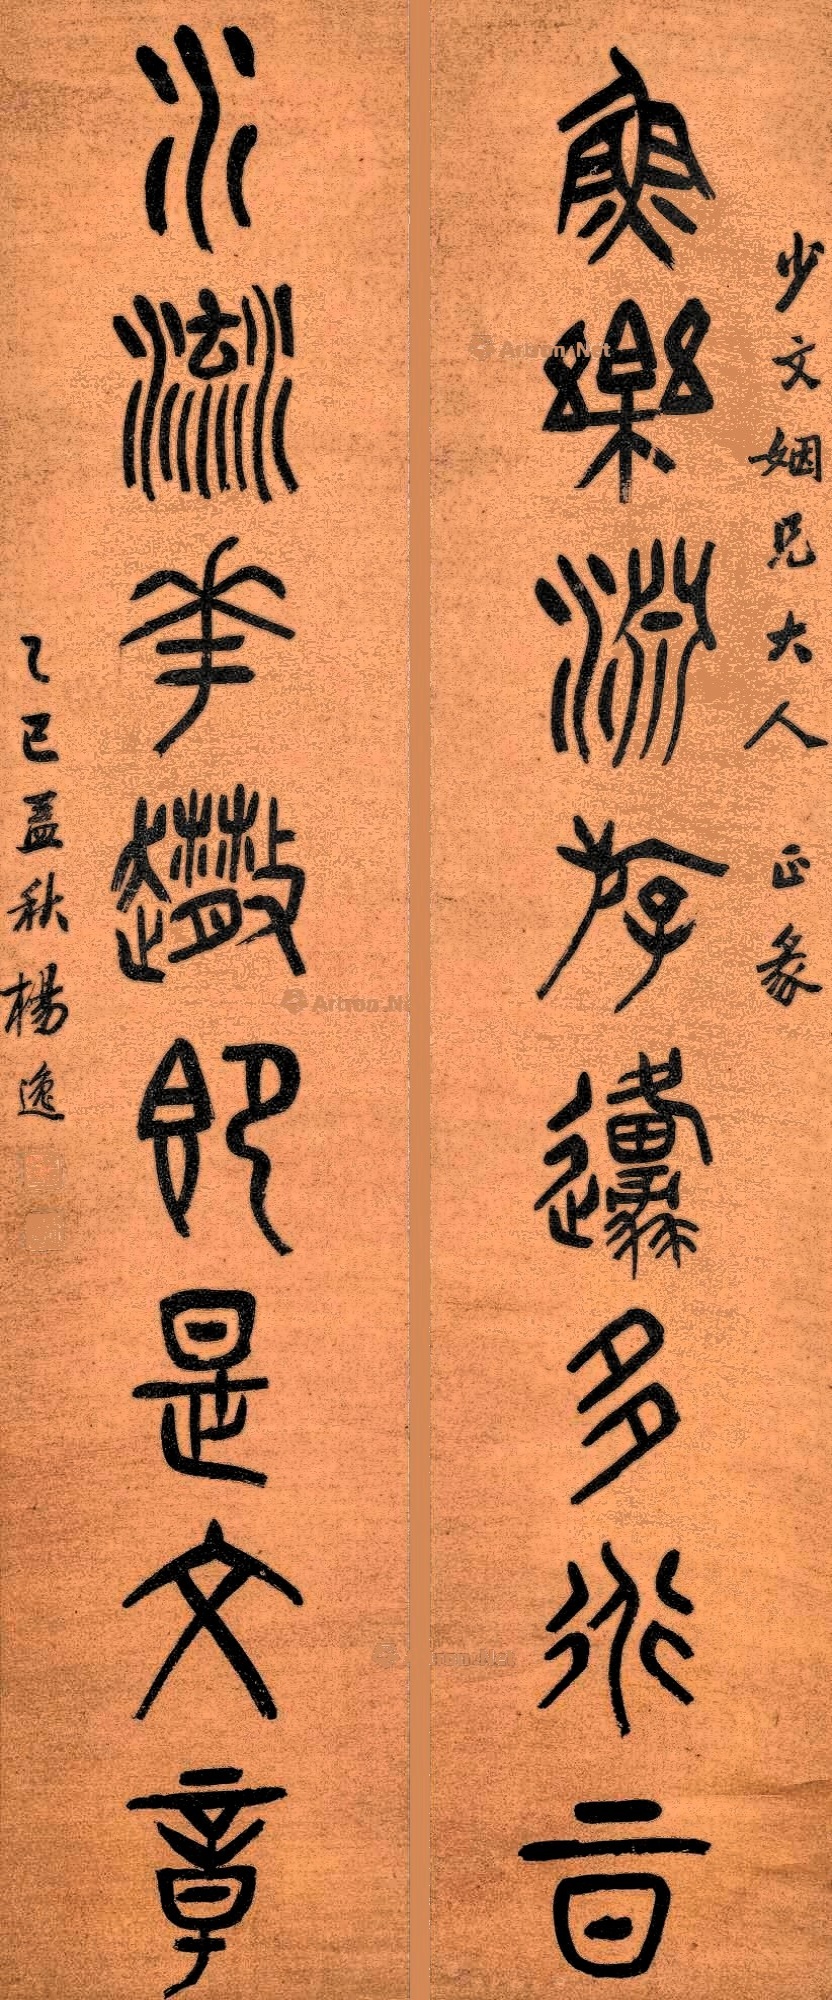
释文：鱼乐渊游原多道旨，水流花散即是文章。少文姻兄大人正彖，乙巳孟秋，杨逸。